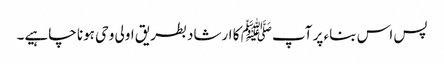
پس اس بناء پر آپﷺ کا ارشاد بطریق اولی وحی ہونا چاہیے۔